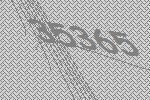
35365